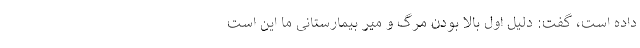
داده است، گفت: دلیل اول بالا بودن مرگ و میر بیمارستانی ما این است